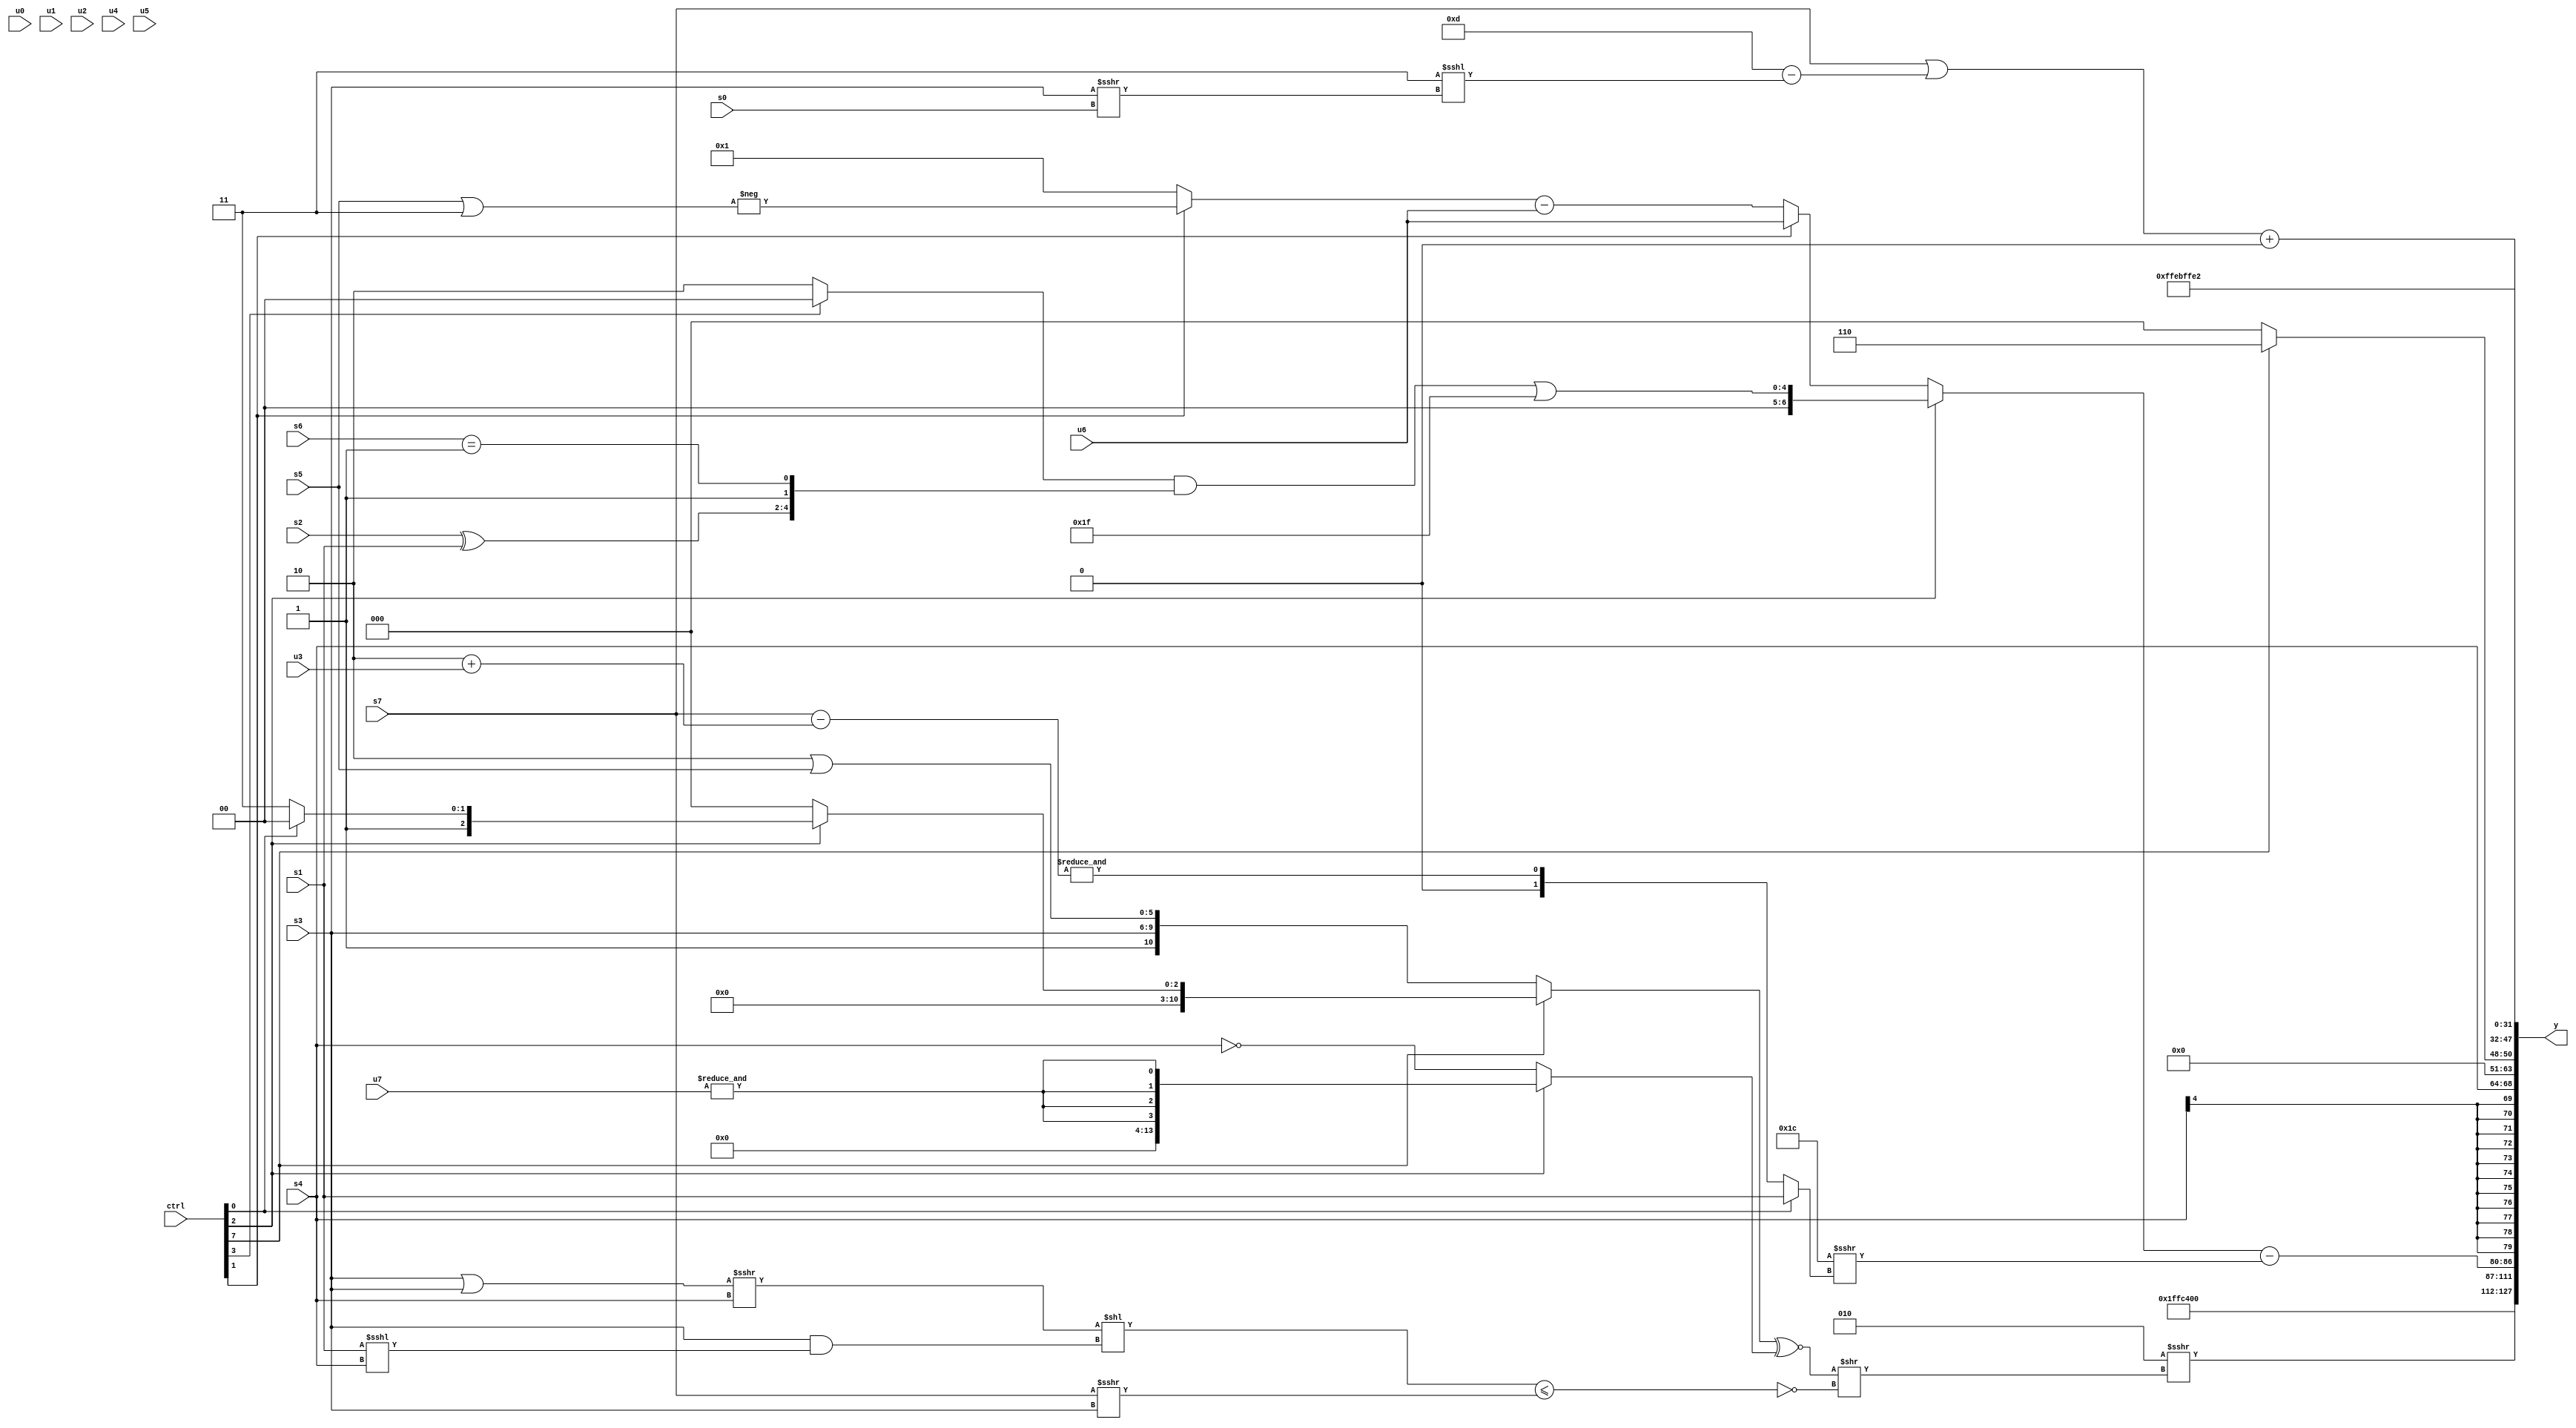
module wideexpr_00113(ctrl, u0, u1, u2, u3, u4, u5, u6, u7, s0, s1, s2, s3, s4, s5, s6, s7, y);
  input [7:0] ctrl;
  input [0:0] u0;
  input [1:0] u1;
  input [2:0] u2;
  input [3:0] u3;
  input [4:0] u4;
  input [5:0] u5;
  input [6:0] u6;
  input [7:0] u7;
  input signed [0:0] s0;
  input signed [1:0] s1;
  input signed [2:0] s2;
  input signed [3:0] s3;
  input signed [4:0] s4;
  input signed [5:0] s5;
  input signed [6:0] s6;
  input signed [7:0] s7;
  output [127:0] y;
  wire [15:0] y0;
  wire [15:0] y1;
  wire [15:0] y2;
  wire [15:0] y3;
  wire [15:0] y4;
  wire [15:0] y5;
  wire [15:0] y6;
  wire [15:0] y7;
  assign y = {y0,y1,y2,y3,y4,y5,y6,y7};
  assign y0 = (4'sb0010)>>>((((ctrl[7]?(ctrl[2]?+((ctrl[0]?3'sb100:3'sb111)):{3{+(1'sb0)}}):{4'sb0001,s3,+((3'sb110)|(s5))}))^~((ctrl[2]?{4{&(u7)}}:~(s4))))>>(!(((((s3)|(s3))>>>($signed(s4)))<<(((ctrl[3]?s3:s3))&((s1)<<<(s4))))<=(+((+(s7))>>>(s3))))));
  assign y1 = 6'sb100010;
  assign y2 = {1{((ctrl[2]?(((ctrl[3]?(s0)<<<(5'sb11111):(5'sb10001)>>>($unsigned(2'sb11))))&($signed({(s2)^(s1),1'sb1,(s6)==(2'sb11)})))|(6'sb011111):(ctrl[1]?+(u6):((ctrl[1]?-((s5)|(2'b11)):1'sb1))-($signed(u6)))))-((5'sb11100)>>>((ctrl[0]?s1:&((s7)-($signed((4'b0010)+(u3)))))))}};
  assign y3 = s4;
  assign y4 = (ctrl[7]?$unsigned(6'sb000110):(u7)>>>(4'sb1110));
  assign y5 = (($signed(s7))|(+((4'sb1101)-((3'sb011)<<<($signed(((s3)>>>(s0))<<<(3'b000)))))))+(+((6'sb111111)>(1'sb0)));
  assign y6 = 6'sb101011;
  assign y7 = 6'sb100010;
endmodule